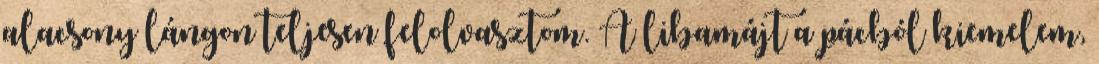
alacsony lángon teljesen felolvasztom. A libamájt a pácból kiemelem,